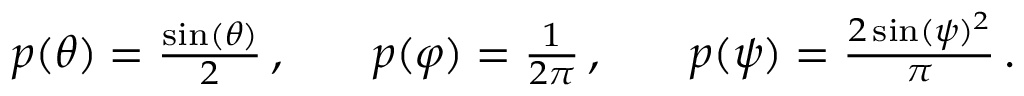
\begin{array} { r l r l r } { p ( \theta ) = \frac { \sin ( \theta ) } { 2 } \, , } & { { } } & { p ( \varphi ) = \frac { 1 } { 2 \pi } \, , } & { { } } & { p ( \psi ) = \frac { 2 \sin ( \psi ) ^ { 2 } } { \pi } \, . } \end{array}